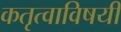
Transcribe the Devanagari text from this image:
कतृत्वाविषयी